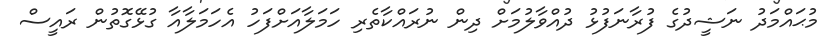
މުޙައްމަދު ނަޝީދުގެ ފުރާނަފުޅު ދުއްވާލުމަށް ދިން ނުރައްކާތެރި ހަމަލާއަށްފަހު އެހަމަލާއާ ގުޅޭގޮތުުން ރައީސް